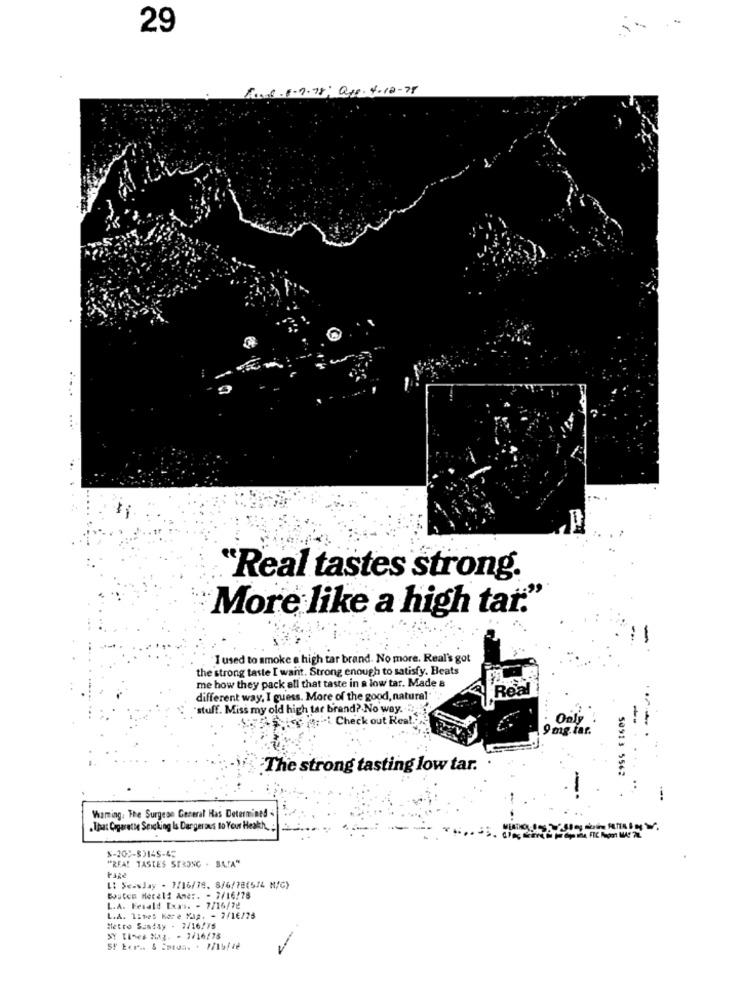
29
1.0 6. 6.7.78; Qr. 4.10-75
"Real tastes strong.
More like a high tar."
I used to smoke a high tar brand. No more. Real's got
the strong taste I want. Strong enough to satisfy. Beats
me how they pack all that taste in a low tar. Made &
Real
different way, I guess. More of the good, natural.
"stuff. Miss my old high tar brand? No way.
if i Check out Real."
9 mg.tar.
The strong tasting low tar.
---
Waming. The Surgeon General Has Determined
.That Cigarette Sticking Is Dangerous to Your Health,
5-202-83145-45
"REA! TASTES STRONG . BACA"
L: Seaslay - 1/16/78. 8/6/78(5/4 M/C)
Bouton Morali And :. - 7/16/78
L.A. Fesald Exas. - 7/16/78
L.A. Times Kore Yap. - 7/1€/25
Metro Sunday - 7/16/75
SY TASes Naz. - 7/16/75